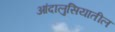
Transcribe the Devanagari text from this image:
आंदालुसियातील